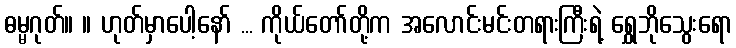
ဓမ္မဂုတ်။ ။ ဟုတ်မှာပေါ့နော် ... ကိုယ်တော်တို့က အလောင်းမင်းတရားကြီးရဲ့ ရွှေဘိုသွေးရော